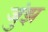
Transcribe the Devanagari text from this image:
जुंझ